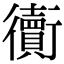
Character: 𧘅